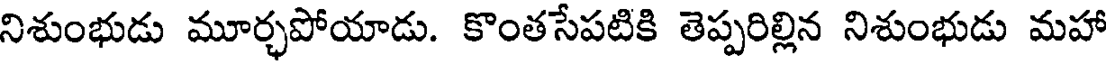
నిశుంభుడు మూర్చపోయాడు. కొంతసేపటికి తెప్పరిల్లిన నిశుంభుడు మహా